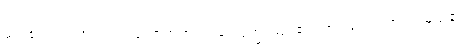
မည်၏။ ယံ၊ အကြင်သဘောတရားသည်။ ဒုက္ခံ၊ မည်၏။ တံ၊ သည်။ ဘယံ၊ မည်၏။